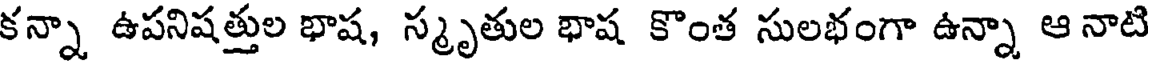
కన్నా ఉపనిషత్తుల భాష, స్మృతుల భాష కొంత సులభంగా ఉన్నా ఆ నాటి